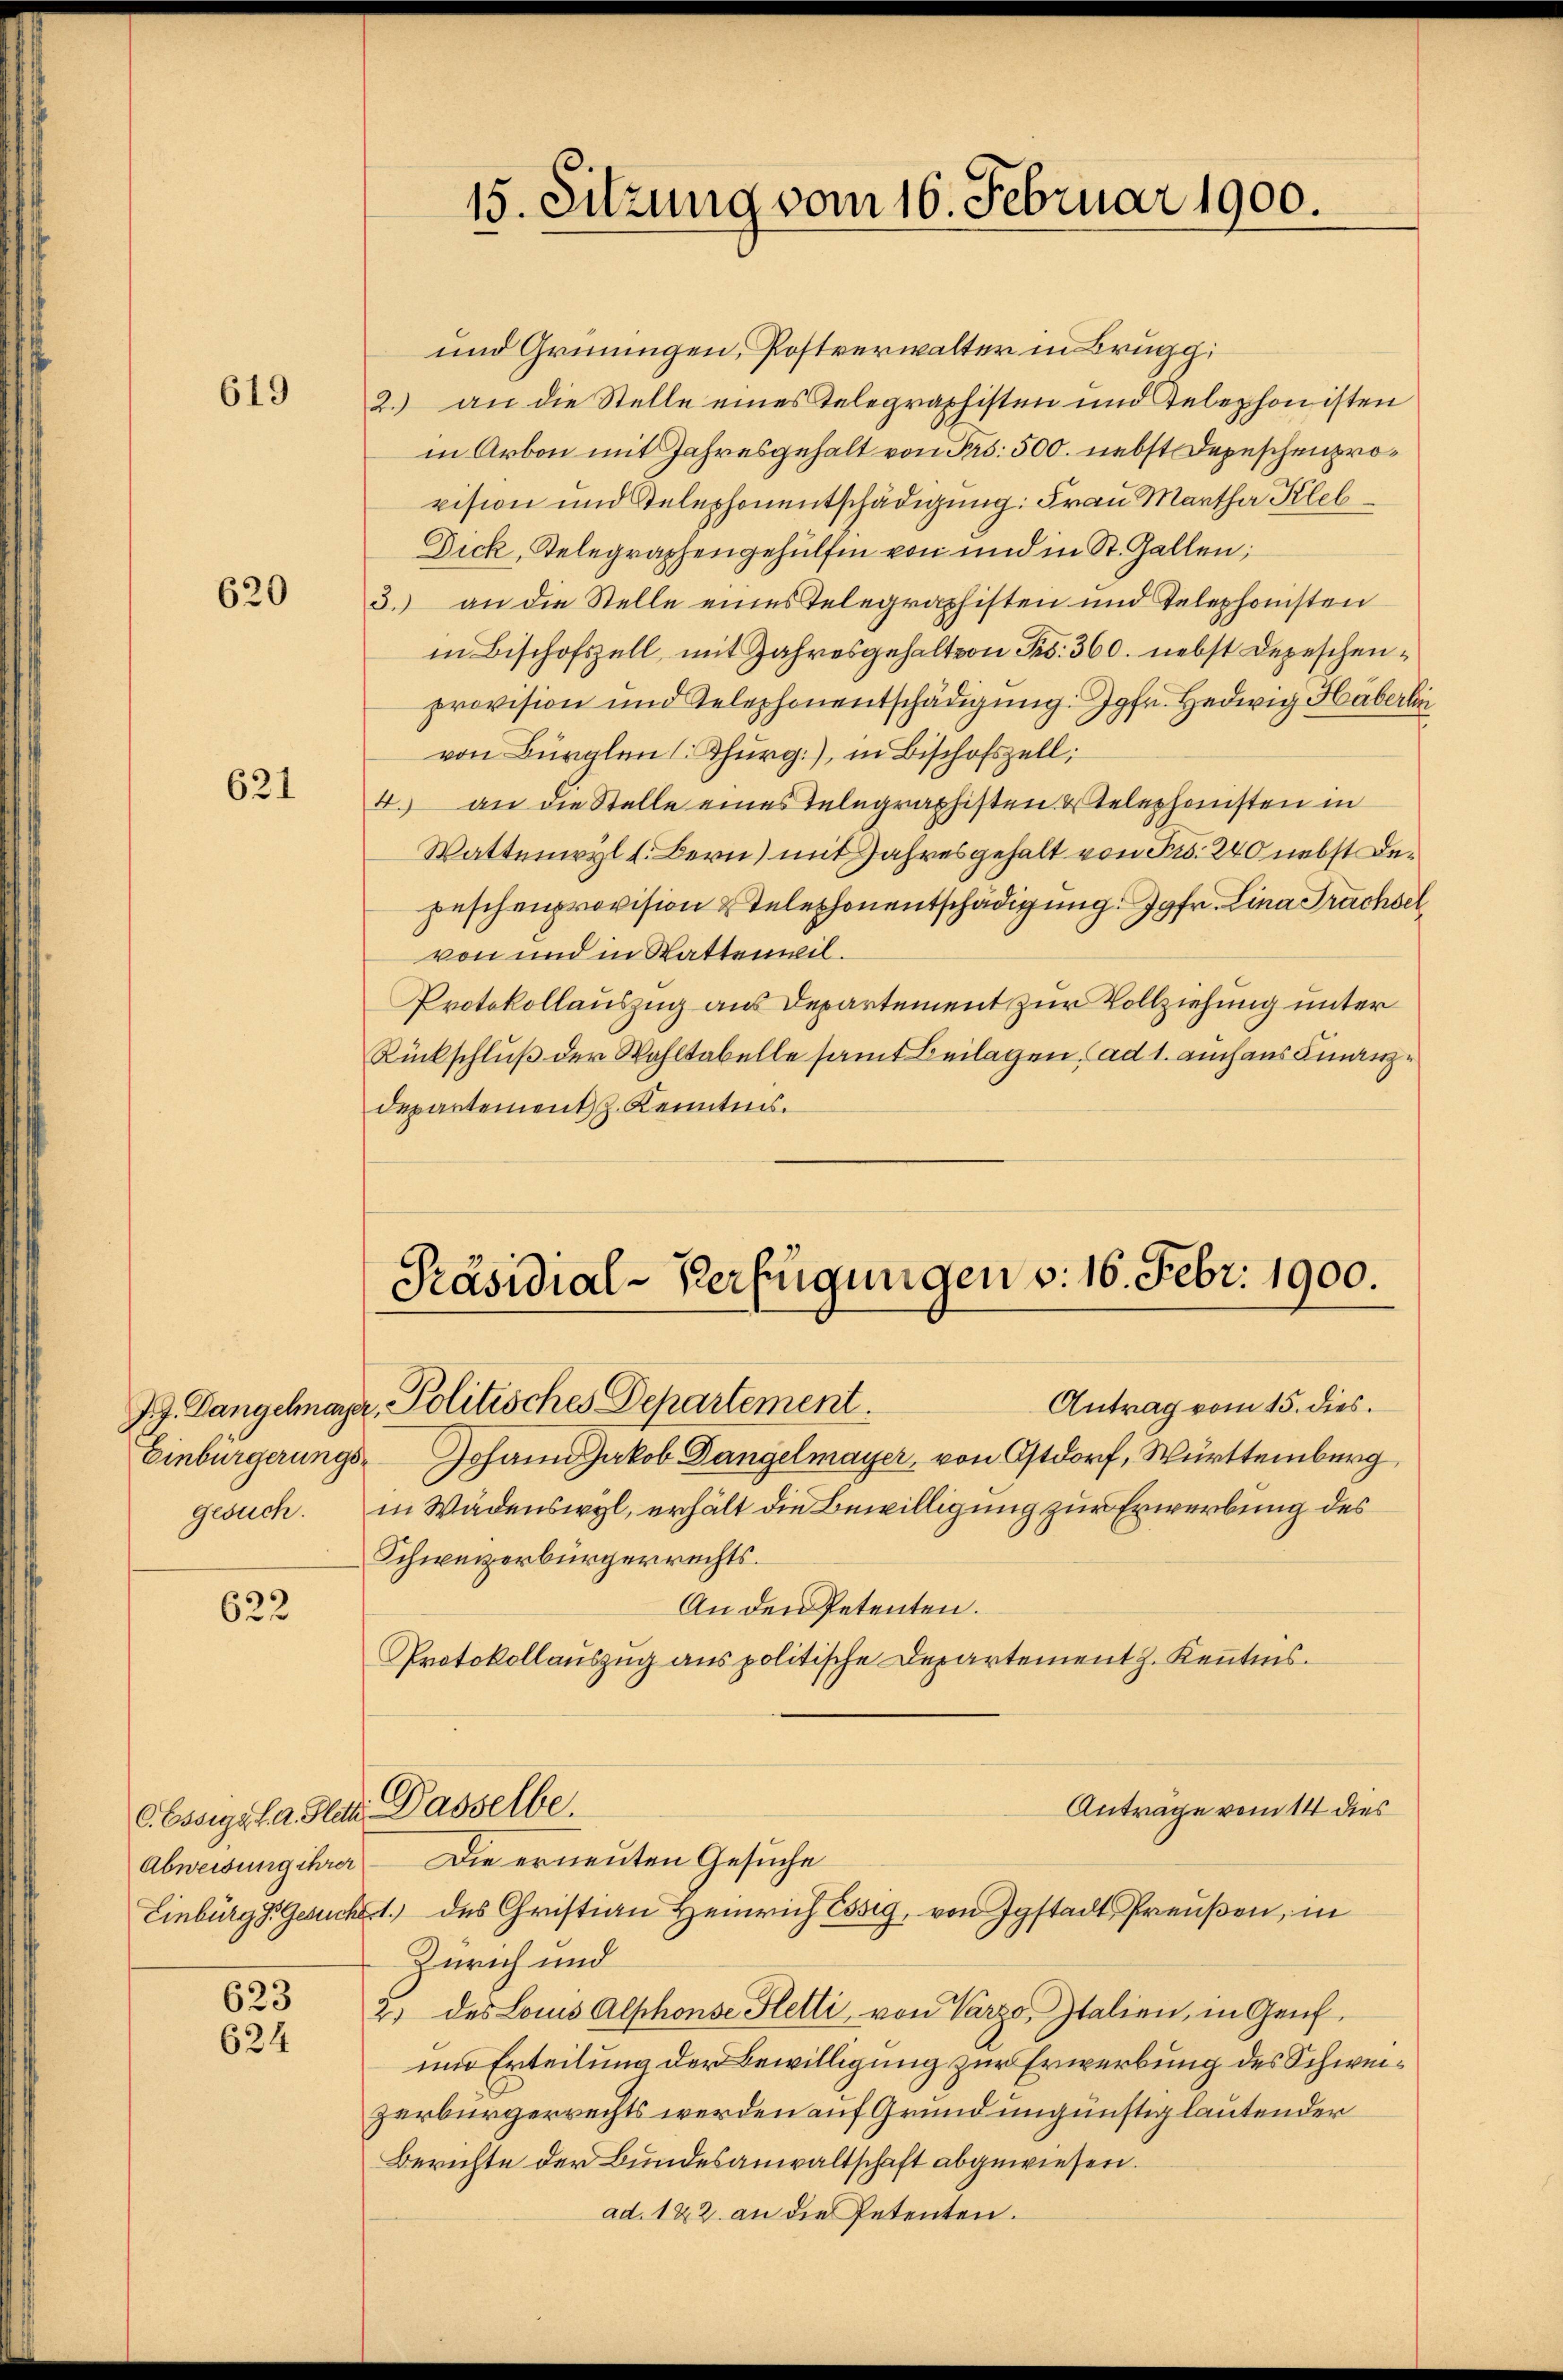
619

620

621

622

Abweisung ihrer

623
624

Präsidial-Verfügungen v. 16. Febr. 1900.

C. Essigel. a. dat. Dasselbe.

und Grüningen, Postverwalter in Brugg;
2.) an die Stelle eines Telegraphisten und Telephonisten
in Arbon mit Jahresgehalt von Frs. 500. nebst Depeschenprovision und Telephonentschädigung: Frau Martha Kle
Dick, Belegraphengehülfen von und in St. Gallen;
3. an die Stelle eines Telegraphisten und Telephonsten
in Bischofszell, mit Jahresgehalt von Frs. 360. nebst Depeschenprovision und Telephonentschädigung. Jgfr. Hedwig Häberli
von Bürglen (Thurg.), in Bischofszell,
4. an die Stelle eines Telegraphisten & Telephansten in
Wattenwyl l. Bern) mit Jahresgehalt von Fr. 240 nebst Depeschenprovision telephonentschädigung. Jgfr. Lina Trachsel
von und in Sattenwil¬
Protokollauszug aus Departement zur Vollziehung unter
Rückschluß der Wahltabelle samt Beilagen, ad 1. auch aus Finanz
departement J. Kenntnis.

Antrag vom 15. dies
J.J. Dangclmayer, Politisches Departement
Einbürgerungs- Johann Jakob Gangelmayer, von Ostdorf, Württemberg,
gesuch. in Wädenswyl, erhält die Bewilligung zur Erwerbung des
Schweizerbürgerrechts.
An den Petenten.
Protokollauszug aus politische Departement J. Kenntnis.
Antrage vom 14 dies
Die erneuten Gesuche
Einburg d. Gesucht des Christian Heinrich Essig, von Igstadt Preußen, in
Zürich und
2) des Louis Alphonse Hetti, von Varzo, Italien, in Genf¬
und Erteilung der Bewilligung zur Erwerbung des Schweizerbürgerrechts werden auf Grund ungünstig lautender
Berichte der Bundesanwaltschaft abgewiesen.
ad. 122. an die Petenten.

15. Sitzung vom 16. Februar 1900.